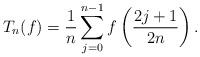
LaTeX: \begin{align*}T_n(f)=\frac{1}{n}\sum_{j=0}^{n-1} f\left(\frac{2 j+1}{2 n}\right).\end{align*}